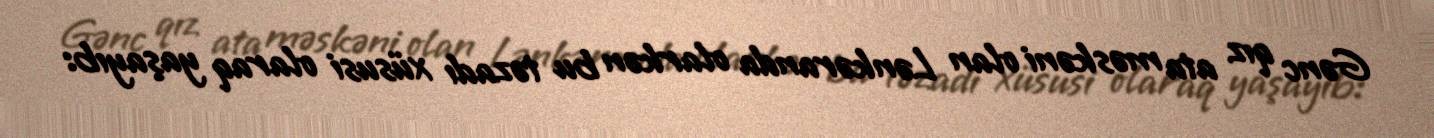
Gənc qız ata məskəni olan Lənkəranda olarkən bu təzadı xüsusi olaraq yaşayıb: